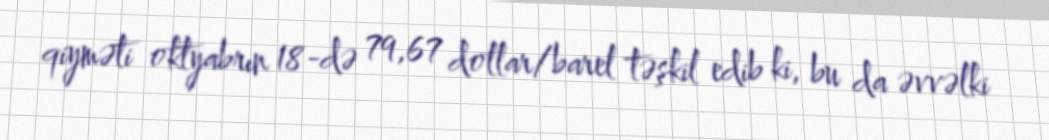
qiyməti oktyabrın 18-də 79,67 dollar/barel təşkil edib ki, bu da əvvəlki